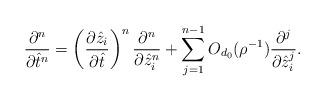
LaTeX: \begin{align*} \frac{\partial^n}{\partial \hat{t}^n} = \left(\frac{\partial \hat{z}_i}{\partial \hat{t}} \right)^n \frac{\partial^n}{\partial \hat{z}_i^n} + \sum_{j=1}^{n-1} O_{d_0}(\rho^{-1}) \frac{\partial^j}{\partial \hat{z}_i^j}. \end{align*}